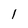
Character: 1